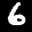
Label: 6